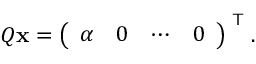
Q \mathbf { x } = { \left( \begin{array} { l l l l } { \alpha } & { 0 } & { \cdots } & { 0 } \end{array} \right) } ^ { \textsf { T } } .